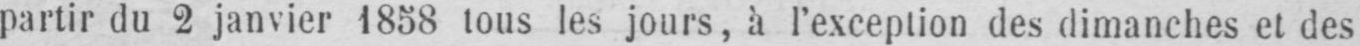
partir du 2 janvier 1858 tous les jours, à l’exception des dimanches et des